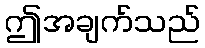
ဤအချက်သည်